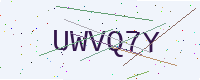
Text: UWVQ7Y